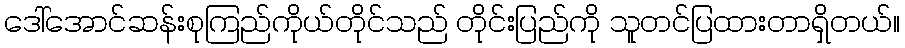
ဒေါ်အောင်ဆန်းစုကြည်ကိုယ်တိုင်သည် တိုင်းပြည်ကို သူတင်ပြထားတာရှိတယ်။